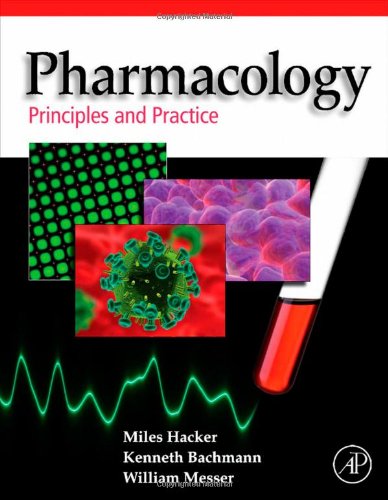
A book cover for Pharmacology: Principles and Practice; Miles Hacker; Medical Books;